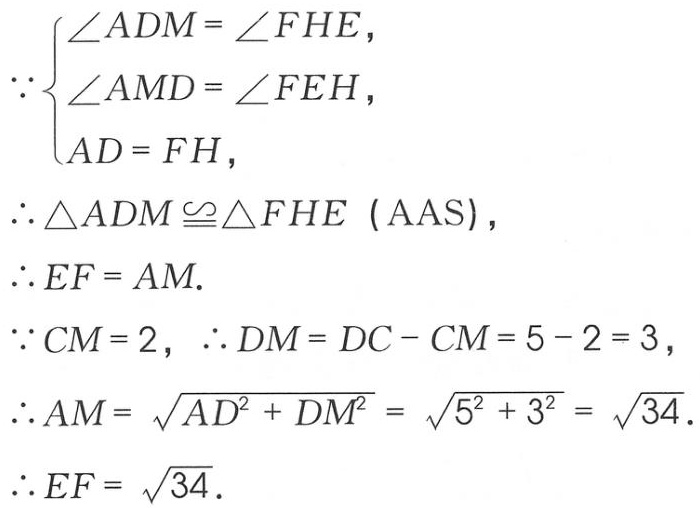
\(\because\begin{cases}
\angle ADM = \angle FHE,\\
\angle AMD = \angle FEH,\\
AD = FH,
\end{cases}\)
\(\therefore\triangle ADM\cong\triangle FHE\ (\text{AAS}),\)
\(\therefore EF = AM.\)
\(\because CM = 2,\ \therefore DM = DC - CM = 5 - 2 = 3,\)
\(\therefore AM = \sqrt{AD^{2} + DM^{2}} = \sqrt{5^{2} + 3^{2}} = \sqrt{34}.\)
\(\therefore EF = \sqrt{34}.\)